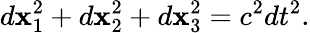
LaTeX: d\mathbf{x}_{1}^{2}+d\mathbf{x}_{2}^{2}+d\mathbf{x}_{3}^{2}=c^{2}dt^{2}.